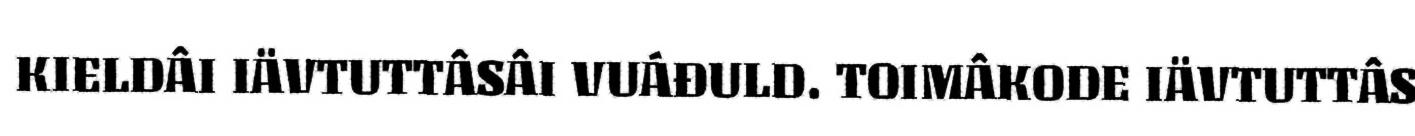
KIELDÂI IÄVTUTTÂSÂI VUÁĐULD. TOIMÂKODE IÄVTUTTÂS